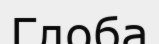
Глоба